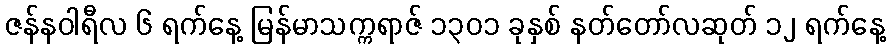
ဇန်နဝါရီလ ၆ ရက်နေ့ မြန်မာသက္ကရာဇ် ၁၃၀၁ ခုနှစ် နတ်တော်လဆုတ် ၁၂ ရက်နေ့